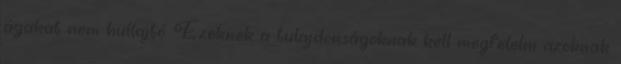
ágakat nem hullajtó. Ezeknek a tulajdonságoknak kell megfelelni azoknak